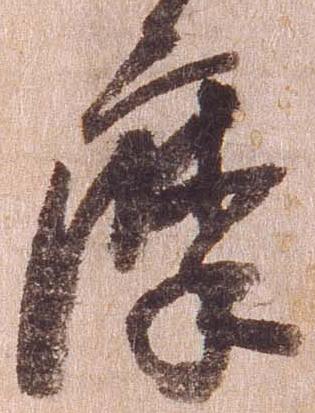
摩